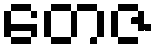
တေဇ